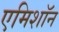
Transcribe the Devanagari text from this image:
एमिशॉन